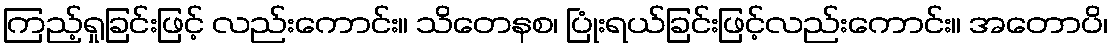
ကြည့်ရှုခြင်းဖြင့် လည်းကောင်း။ သိတေနစ၊ ပြုံးရယ်ခြင်းဖြင့်လည်းကောင်း။ အတောပိ၊